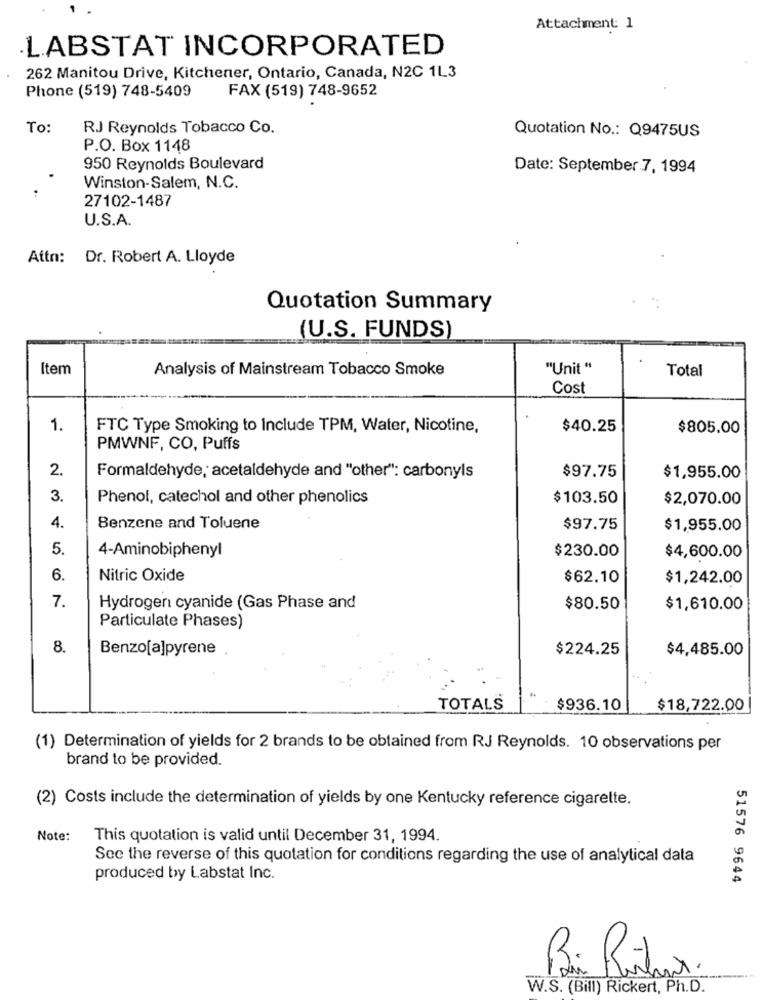
Attachment: 1
LABSTAT INCORPORATED
262 Manitou Drive, Kitchener, Ontario, Canada, N2C 1L3
Phone (519) 748-5409
FAX (519) 748-9652
To:
RJ Reynolds Tobacco Co.
Quotation No .: Q9475US
P.O. Box 1148
950 Reynolds Boulevard
Date: September 7, 1994
Winston-Salem, N.C.
27102-1487
U.S.A.
Attn: Dr. Robert A. Lloyde
Quotation Summary
(U.S. FUNDS)
Item
Analysis of Mainstream Tobacco Smoke
"Unit "
Total
Cost
1.
FTC Type Smoking to Include TPM, Water, Nicotine,
$40.25
$805.00
PMWNF, CO, Puffs
2.
$97.75
Formaldehyde, acetaldehyde and "other": carbonyls
$1,955.00
3.
Phenol, catechol and other phenolics
$103.50
$2,070.00
4.
Benzene and Toluene
$97.75
$1,955.00
5.
4-Aminobiphenyl
$230.00
$4,600.00
6.
Nitric Oxide
$62.10
$1,242.00
7.
Hydrogen cyanide (Gas Phase and
$80.50
$1,610.00
Particulate Phases)
8.
Benzo[a]pyrene
$224.25
$4,485.00
TOTALS
$936.10
$18,722.00
(1) Determination of yields for 2 brands to be obtained from RJ Reynolds. 10 observations per
brand to be provided.
(2) Costs include the determination of yields by one Kentucky reference cigarette.
Note:
This quotation is valid until December 31, 1994.
See the reverse of this quotation for conditions regarding the use of analytical data
produced by Labstat Inc.
51576 9644
Bei Rinha.
W.S. (Bill) Rickert, Ph.D.